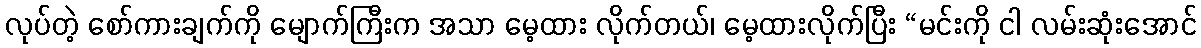
လုပ်တဲ့ စော်ကားချက်ကို မျောက်ကြီးက အသာ မေ့ထား လိုက်တယ်၊ မေ့ထားလိုက်ပြီး “မင်းကို ငါ လမ်းဆုံးအောင်